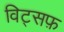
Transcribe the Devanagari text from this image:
विट्सफ़